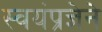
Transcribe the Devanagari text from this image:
स्वयंप्रज्ञेने